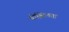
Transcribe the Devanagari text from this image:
बोझिलता